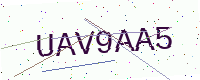
Text: UAV9AA5